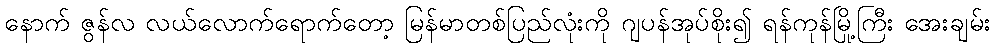
နောက် ဇွန်လ လယ်လောက်ရောက်တော့ မြန်မာတစ်ပြည်လုံးကို ဂျပန်အုပ်စိုး၍ ရန်ကုန်မြို့ကြီး အေးချမ်း